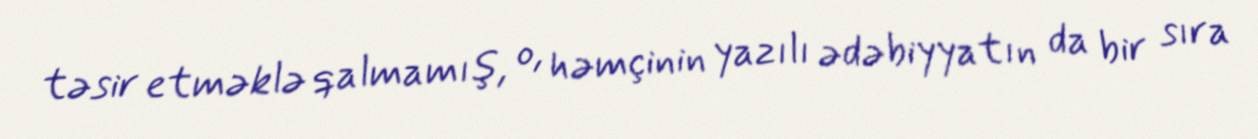
təsir etməklə qalmamış, o, həmçinin yazılı ədəbiyyatın da bir sıra